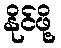
နိုင်ဖို့